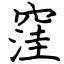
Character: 窪